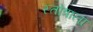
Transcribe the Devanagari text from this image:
स्तोत्राला